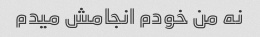
نه من خودم انجامش میدم